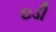
ઇડી